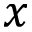
x